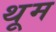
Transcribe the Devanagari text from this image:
थूम